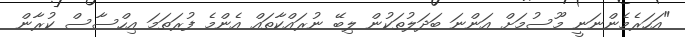
"އަހަރެމެންނަނީ މޫސުމަށް އަންނަ ބަދަލުތަކުން ލިބޭ ނުރައްކާތައް އެންމެ ފުރަތަމަ އިހްސާސް ކުރާން